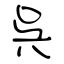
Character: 呉